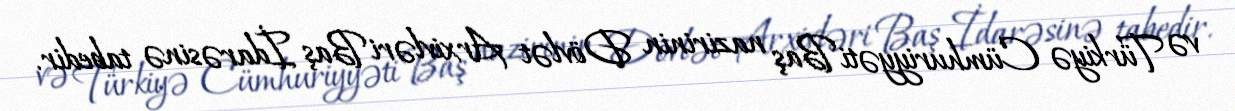
və Türkiyə Cümhuriyyəti Baş nazirinin Dövlət Arxivləri Baş İdarəsinə tabedir.